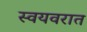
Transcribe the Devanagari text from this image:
स्वयवरात